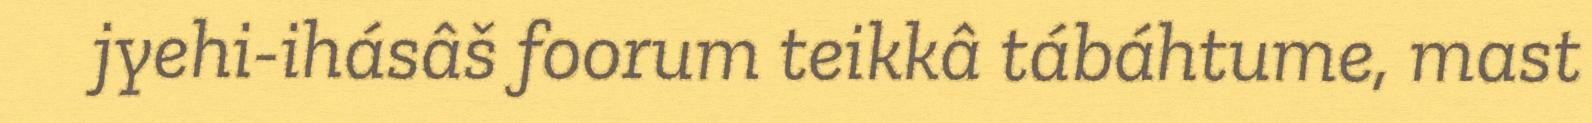
jyehi-ihásâš foorum teikkâ tábáhtume, mast